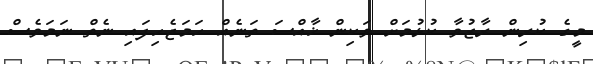
މީގެ ކުރިން ރާޒުވާ ކުޅުމަށް ވަކިން ޚާއްސަ ތަނެއް ހަމަޖެހިފައި ނެތް ނަމަވެސް